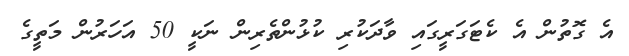
އެ ގޮތުން އެ ކެޓަގަރީގައި ވާދަކުރި ކުޅުންތެރިން ނަކީ 50 އަހަރުން މަތީގެ